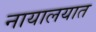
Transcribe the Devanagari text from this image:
नायालयात